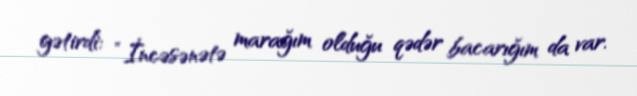
gətirdi: “İncəsənətə marağım olduğu qədər bacarığım da var.